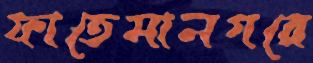
ফাতেমানগরে